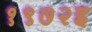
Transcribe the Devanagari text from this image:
१९७२इ